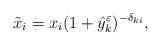
LaTeX: \begin{align*}\tilde{x}_i&=x_i (1+\hat{y}_k^{\varepsilon})^{-\delta_{ki}},\end{align*}